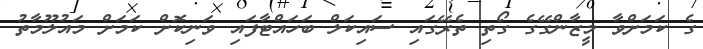
ގެ ކަމަށްވާ މީޒާންގޭގެ ގޯތި ތެރޭގައި ސައިކަލް ބަހައްޓާފައި ވަނިކޮށް ކަމަށް މައުލޫމާތު